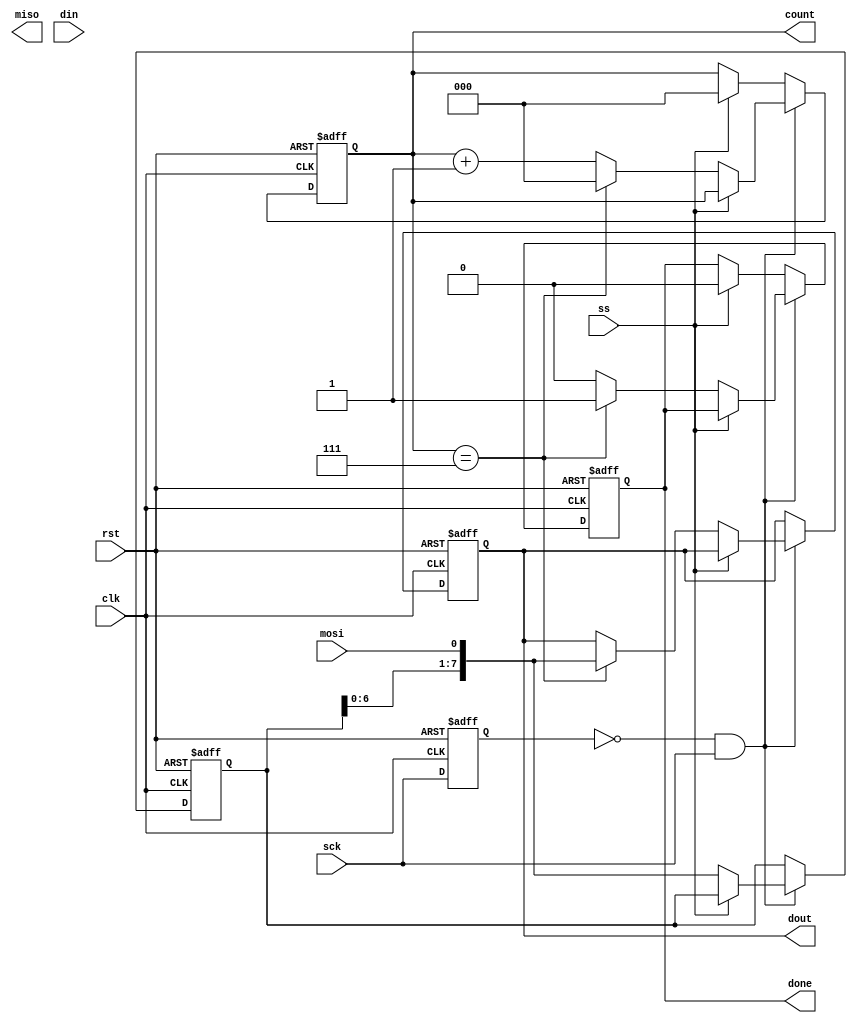
module test_spi(
	input clk,              // Execution clock
	input rst,              // Module reset
	input ss,               // Chip select
	input mosi,             // Master Out Slave In
	output reg miso,        // Master In Slave Out
	input sck,              // Communication clock
	output reg done,        // Signal indicating transfer completed
	input [7:0] din,        // Data input
	output reg [7:0] dout,   // Data output
	output reg [2:0] count
);

    reg [7:0] buffer;       // Buffer to hold incoming bits
    //reg [2:0] count;        // Count bits received
    reg prev_sck;           // Previous state of sck to detect edges
	 
//	 always @ (sck or rst) begin
//		
//		if ((count == 3'b111) || (!rst)) begin
//			count = 3'b000;
//		end
//		else begin
//			if (sck) begin
//				count = count + 3'b001;
//			end
//		end
//	 end

	always @(posedge clk or negedge rst) begin
		if (!rst) begin
			dout <= 8'b0;
			buffer <= 8'b0;
			count <= 4'b000;
			done <= 1'b0;
			prev_sck <= 1'b0;
		end else begin
			if (!prev_sck && sck) begin
				if (ss == 1'b0) begin
					buffer <= {buffer[6:0], mosi};
					if (count == 3'b111) begin
						dout <= {buffer[6:0], mosi};
						done <= 1'b1;
						count <= 3'b000;
					end else begin
						count <= count + 1'b1;
						done <= 1'b0;
					end
				end
			end else if (ss == 1'b1) begin
				count <= 3'b000;
				done <= 1'b0;
			end
			prev_sck <= sck;
		end
	end
endmodule